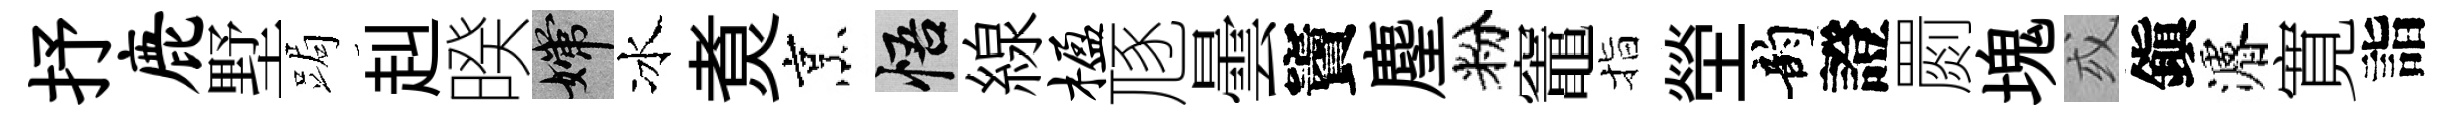
抒鹿墅跼赳暌嫦冰煑烹悟線楹豗曇竇麈粉竈指塋韵證罽塊或鎭濬寛詣